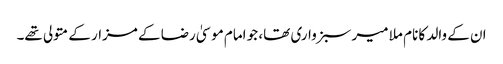
ان کے والد کا نام ملا میر سبزواری تھا، جو امام موسیٰ رضا کے مزار کے متولی تھے۔